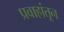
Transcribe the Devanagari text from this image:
प्रवाहांतून